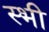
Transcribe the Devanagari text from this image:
स्भी